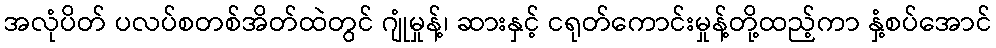
အလုံပိတ် ပလပ်စတစ်အိတ်ထဲတွင် ဂျုံမှုန့်၊ ဆားနှင့် ငရုတ်ကောင်းမှုန့်တို့ထည့်ကာ နှံ့စပ်အောင်